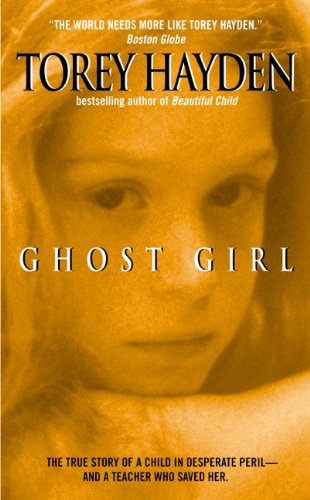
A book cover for Ghost Girl (Turtleback School & Library Binding Edition); Torey Hayden; Teen & Young Adult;